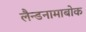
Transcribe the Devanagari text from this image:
लैन्डनामाबोक